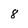
Character: 8